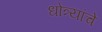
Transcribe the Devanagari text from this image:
धोत्र्यांचे